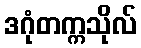
ဒဂုံတက္ကသိုလ်